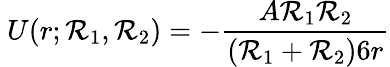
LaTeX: \ U(r;\mathcal{R}_{1},\mathcal{R}_{2})=-{\frac{{A\mathcal{R}_{1}\mathcal{R}_{2}}}{{(\mathcal{R}_{1}+\mathcal{R}_{2})6r}}}